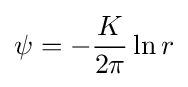
\psi =-{\frac {K}{2\pi }}\ln r